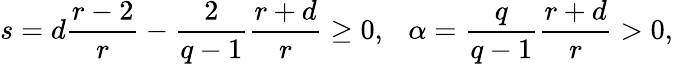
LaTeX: s=d\frac{r-2}{r}-\frac{2}{q-1}\frac{r+d}{r}\geq 0,\ \ \ \alpha=\frac{q}{q-1}\frac{r+d}{r}>0,